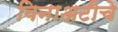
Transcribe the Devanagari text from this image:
विनाअटीचे